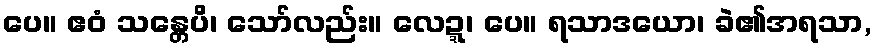
ပေ။ ဧဝံ သန္တေပိ၊ သော်လည်း။ လေဍ္ဍ၊ ပေ။ ရသာဒယော၊ ခဲ၏အရသာ,